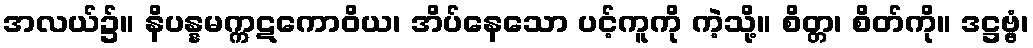
အလယ်၌။ နိပန္နမက္ကဋကောဝိယ၊ အိပ်နေသော ပင့်ကူကို ကဲ့သို့။ စိတ္တ၊ စိတ်ကို။ ဒဋ္ဌဗ္ဗံ၊